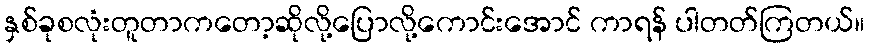
နှစ်ခုစလုံးတူတာကတော့ဆိုလို့ပြောလို့ကောင်းအောင် ကာရန် ပါတတ်ကြတယ်။